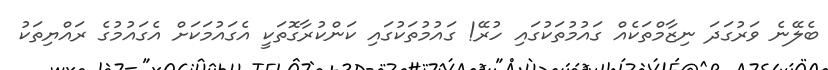
ބެލޭނެ ވަރުގަދަ ނިޒާމްތަކެއް ގައުމުތަކުގައި ހުރޭ! ގައުމުތަކުގައި ކަންކުރާގޮތަކީ އެގައުމަކަށް އެގައުމުގެ ރައްޔިތަކު